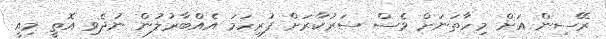
ރޭސިން އަށް މިހާތަނަށް ވެސް ސަރުކާރަށް ފުރިހަމަ އެއްބާރުލުން ނުދެވި އޮތީ މިއީ